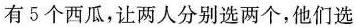
有5个西瓜，让两人分别选两个，他们选